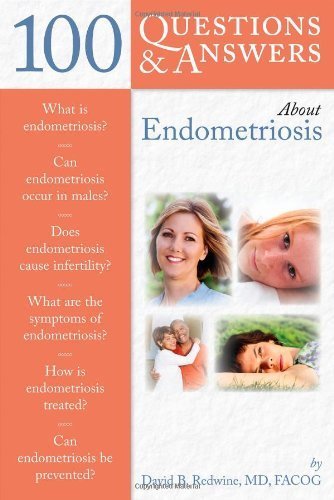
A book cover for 100 Q&A About Endometriosis by Redwine, David B.. (Jones and Bartlett Publishers, Inc.,2008) [Paperback]; Health, Fitness & Dieting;